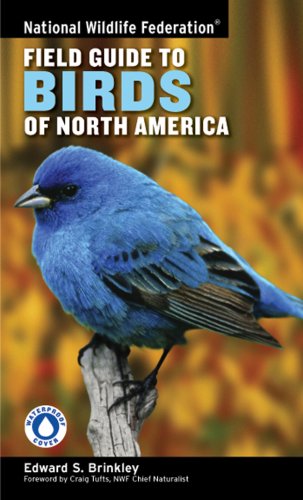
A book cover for National Wildlife Federation Field Guide to Birds of North America; Edward S. Brinkley; Science & Math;